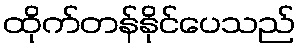
ထိုက်တန်နိုင်ပေသည်